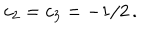
c _ { 2 } = c _ { 3 } = - 1 / 2 \, .